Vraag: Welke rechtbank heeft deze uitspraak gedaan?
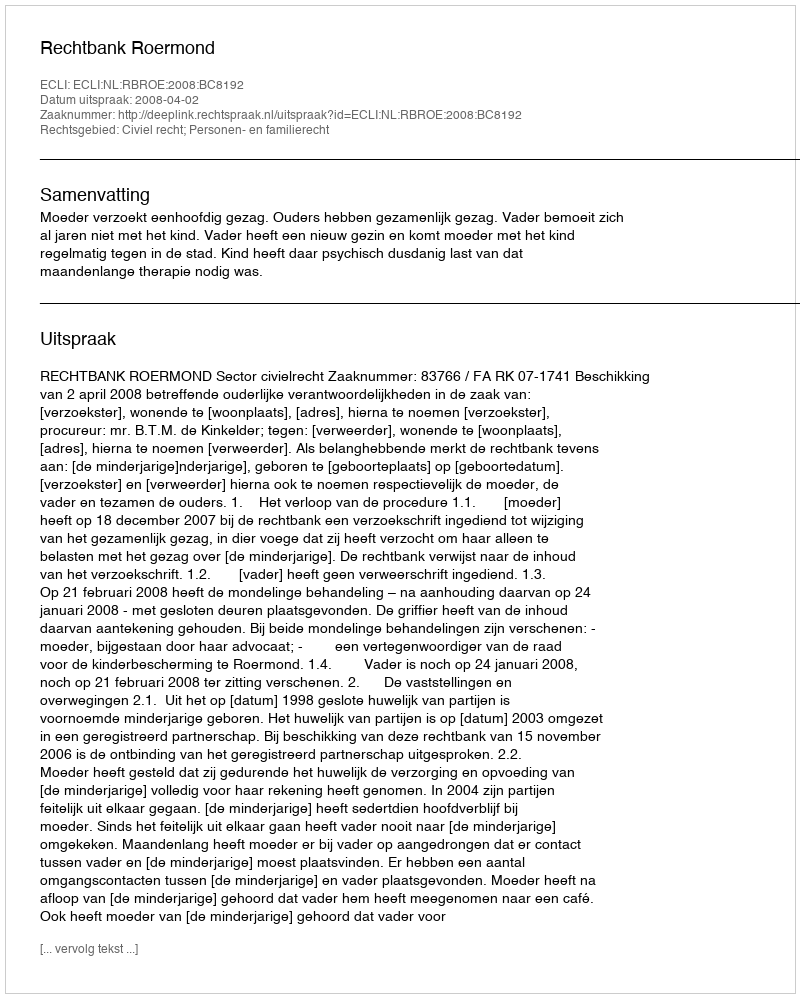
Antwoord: Rechtbank Roermond